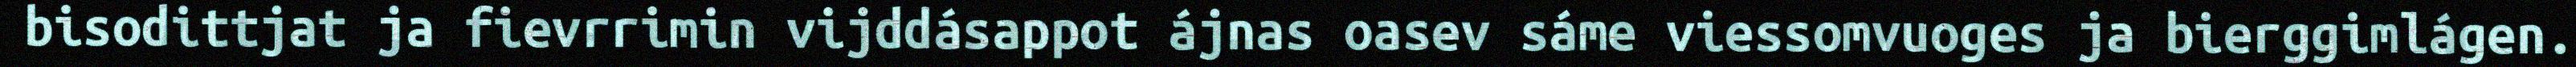
bisodittjat ja fievrrimin vijddásappot ájnas oasev sáme viessomvuoges ja bierggimlágen.